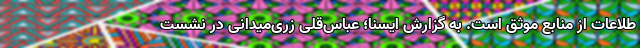
طلاعات از منابع موثق است. به گزارش ایسنا؛ عباس‌قلی زری‌میدانی در نشست